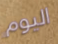
اليوم